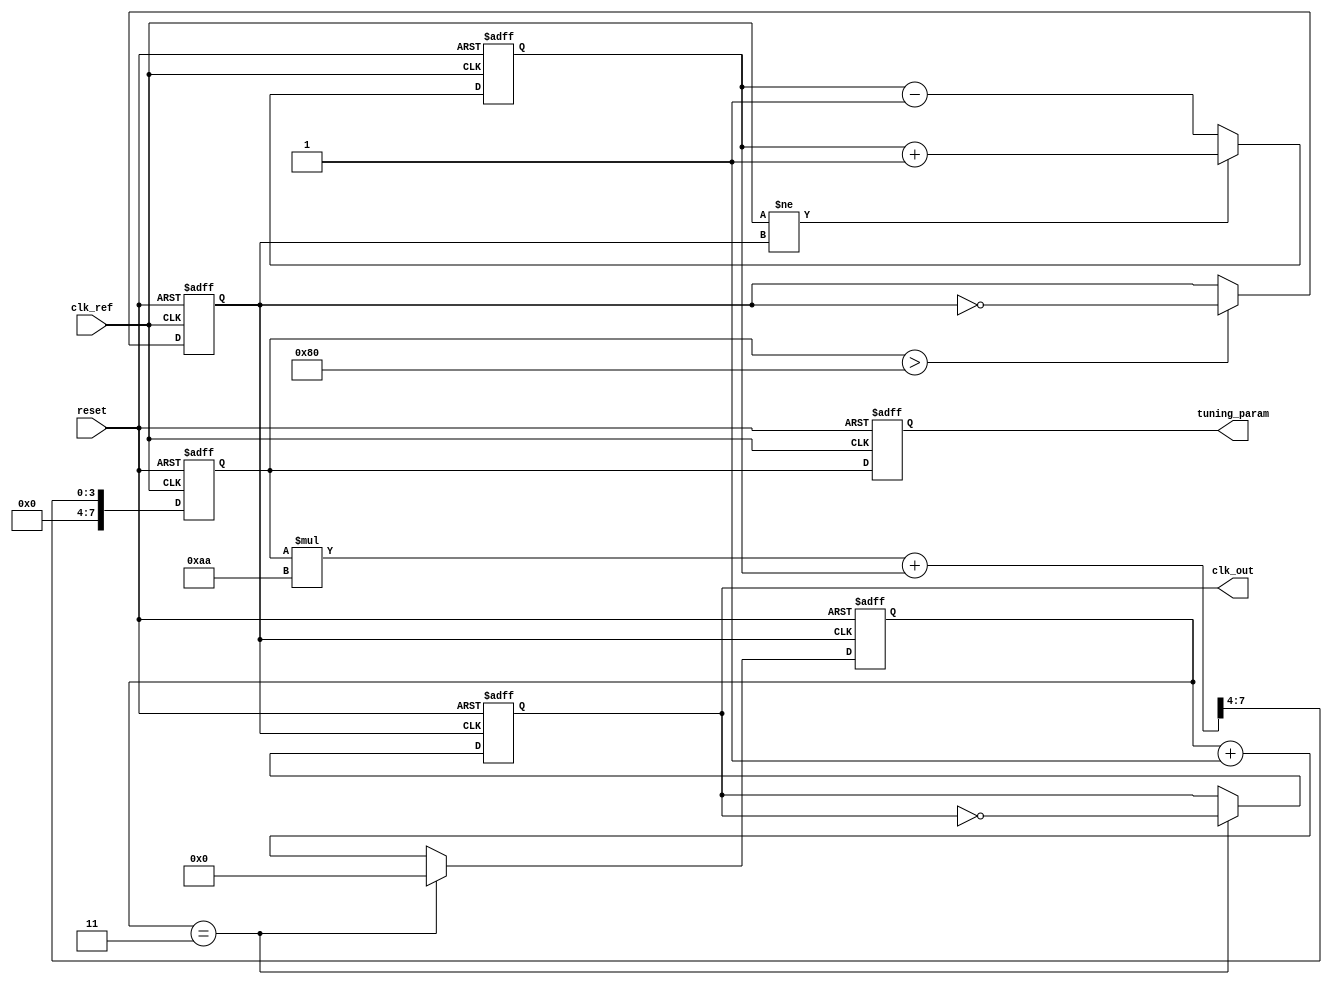
module mem_blocks_analog_pll (
    input wire clk_ref,              // Reference clock input
    input wire reset,                // Reset signal
    output reg clk_out,              // Output clock
    output reg [7:0] tuning_param    // Tuning parameter (for illustration)
);

    // Parameters
    parameter DIV_FACTOR = 4;        // Frequency divider factor
    parameter LOOP_FILTER_COEFF = 8'hAA; // Loop filter coefficient (example)

    // Internal signals
    reg clk_vco;                     // VCO output clock
    reg [7:0] phase_error;           // Phase error signal
    reg [7:0] control_voltage;       // Control voltage from loop filter
    reg [7:0] feedback;              // Feedback signal
    reg [31:0] counter;              // Counter for frequency division

    // Phase Detector (Simple Example)
    always @ (posedge clk_ref or posedge reset) begin
        if (reset) begin
            phase_error <= 8'd0;
        end else begin
            // Simulate phase detection (this would be more complex in reality)
            if (clk_ref != clk_vco) begin
                phase_error <= phase_error + 1; // Increment error
            end else begin
                phase_error <= phase_error - 1; // Decrement error
            end
        end
    end

    // Loop Filter (Simple Example)
    always @ (posedge clk_ref or posedge reset) begin
        if (reset) begin
            control_voltage <= 8'd0;
        end else begin
            control_voltage <= (control_voltage * LOOP_FILTER_COEFF + phase_error) >> 4; // Low-pass filter
        end
    end

    // Voltage-Controlled Oscillator (VCO)
    always @ (posedge clk_ref or posedge reset) begin
        if (reset) begin
            clk_vco <= 1'b0;
        end else begin
            // Generate VCO clock based on control voltage (simplified for demonstration)
            // This should be replaced with a real VCO implementation
            clk_vco <= (control_voltage > 128) ? ~clk_vco : clk_vco; // Toggle based on control voltage
        end
    end

    // Frequency Divider
    always @ (posedge clk_vco or posedge reset) begin
        if (reset) begin
            counter <= 32'd0;
            clk_out <= 1'b0;
        end else begin
            if (counter == DIV_FACTOR - 1) begin
                clk_out <= ~clk_out; // Toggle output clock
                counter <= 32'd0;     // Reset counter
            end else begin
                counter <= counter + 1;  // Increment counter
            end
        end
    end

    // Memory Block (For tuning parameter example)
    always @ (posedge clk_ref or posedge reset) begin
        if (reset) begin
            tuning_param <= 8'd0; // Initialize tuning parameters
        end else begin
            // Example: Update tuning parameters based on control voltage
            tuning_param <= control_voltage; // Simple assignment for illustration
        end
    end

endmodule